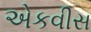
એકવીસ